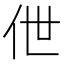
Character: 伳